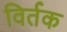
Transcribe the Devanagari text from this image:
विर्तक